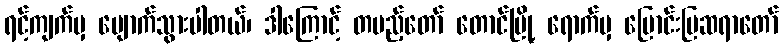
ရင့်ကျက်မှ ပျောက်သွားပါတယ်၊ ဒါကြောင့် တပည့်တော် တောင်မြို့ ရောက်မှ မြောင်းမြဆရာတော်